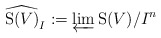
\begin{align*}\widehat{\mathrm{S}(V)}_I := \varprojlim \mathrm{S}(V)/I^n\end{align*}